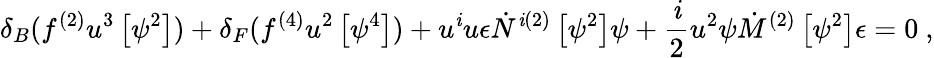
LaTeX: \delta_{B}(f^{(2)}u^{3}\left[\psi^{2}\right])+\delta_{F}(f^{(4)}u^{2}\left[\psi^{4}\right])+u^{\mathit{i}}u\epsilon\dot{{N}}^{\mathit{i}(2)}\left[\psi^{2}\right]\psi+\frac{{\mathit{i}}}{{2}}u^{2}\psi\dot{{M}}^{(2)}\left[\psi^{2}\right]\epsilon=0~,